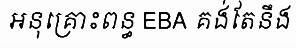
អនុគ្រោះពន្ធ EBA គង់តែនឹង